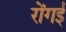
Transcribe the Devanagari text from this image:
रोंगई